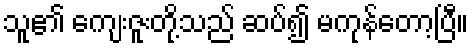
သူ၏ ကျေးဇူးတို့သည် ဆပ်၍ မကုန်တော့ပြီ။